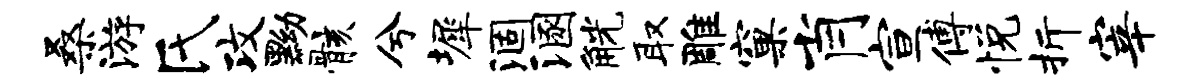
桑游氏攻黝骸兮墀涸溷觥取雕窠肖宣傅悦折宰